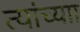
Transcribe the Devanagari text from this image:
त्यांच्याा